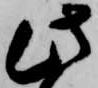
此